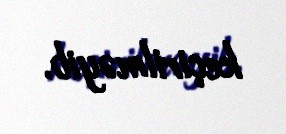
keçirilməyib.